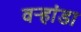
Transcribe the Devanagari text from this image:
वर्‍हांडा